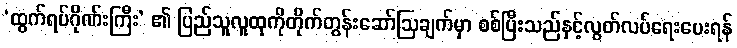
‘ထွက်ရပ်ဂိုဏ်းကြီး’ ၏ ပြည်သူလူထုကိုတိုက်တွန်းဆော်ဩချက်မှာ စစ်ပြီးသည်နှင့်လွတ်လပ်ရေးပေးရန်